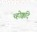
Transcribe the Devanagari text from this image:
च्होक्कदि